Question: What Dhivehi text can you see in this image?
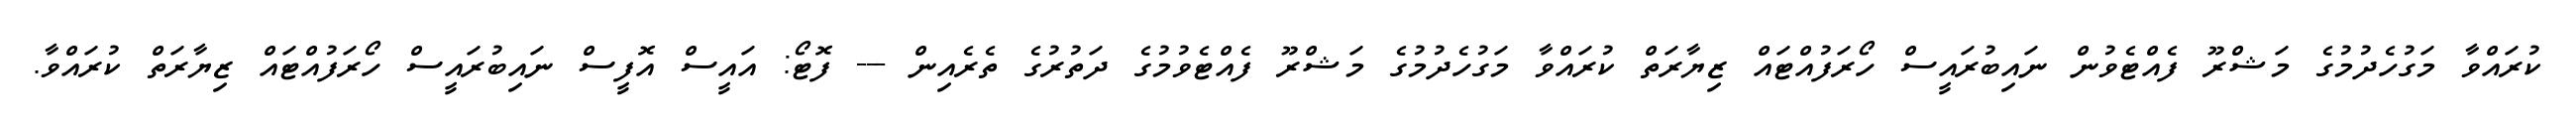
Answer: ކުރައްވާ މަގުހެދުމުގެ މަޝްރޫ ފެއްޓެވުން ނައިބުރައީސް ހޯރަފުއްޓައް ޒިޔާރަތް ކުރައްވާ މަގުހެދުމުގެ މަޝްރޫ ފެއްޓެވުމުގެ ދަތުރުގެ ތެރެއިން --- ފޮޓޯ: އައީސް އޮފީސް ނައިބުރައީސް ހޯރަފުއްޓައް ޒިޔާރަތް ކުރައްވާ.